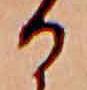
る